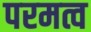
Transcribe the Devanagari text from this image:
परमत्व